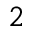
_ 2